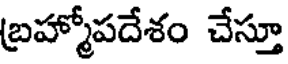
బ్రహ్మోపదేశం చేస్తూ